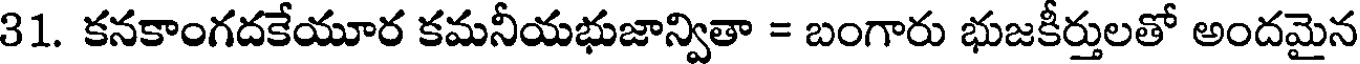
31. కనకాంగదకేయూర కమనీయభుజాన్వితా = బంగారు భుజకీర్తులతో అందమైన